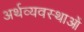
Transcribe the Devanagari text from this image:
अर्थव्यवस्थाआें